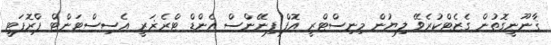
ޤާނޫނީގޮތުން ގެޒެޓްކުރެވޭ ލިޔުން މިނިސްޓްރީ އޮފް ފިނޭންސް އެންޑް ޓްރެޜަރީ އެސިސްޓަންޓް ޕްރޮޕަޓީ